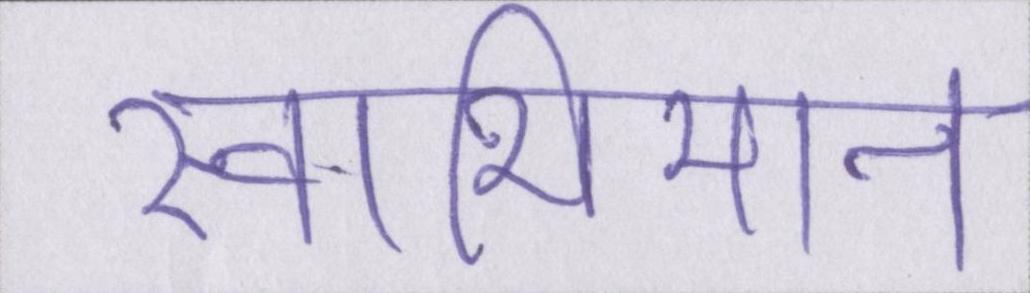
स्वाभिमान